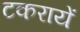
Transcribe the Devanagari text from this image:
टकरायें